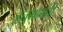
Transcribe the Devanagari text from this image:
हनुमानची